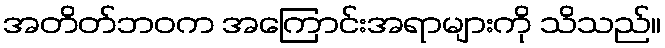
အတိတ်ဘဝက အကြောင်းအရာများကို သိသည်။